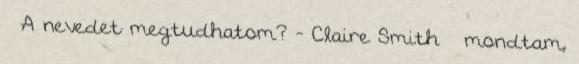
– A nevedet megtudhatom? - Claire Smith – mondtam,